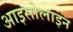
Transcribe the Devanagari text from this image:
आइसोलाइन